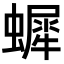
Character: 𧑷